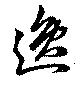
逸